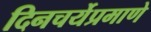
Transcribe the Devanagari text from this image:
दिनचर्येप्रमाणे